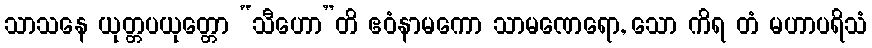
သာသနေ ယုတ္တပယုတ္တော “သီဟော”တိ ဧဝံနာမကော သာမဏေရော, သော ကိရ တံ မဟာပရိသံ